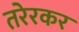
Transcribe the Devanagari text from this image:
तरेरकर